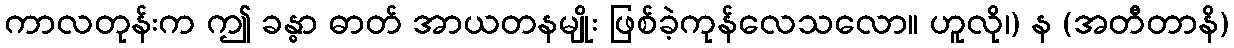
ကာလတုန်းက ဤ ခန္ဓာ ဓာတ် အာယတနမျိုး ဖြစ်ခဲ့ကုန်လေသလော။ ဟူလို၊) န (အတီတာနိ)